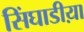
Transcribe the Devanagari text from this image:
सिंघाडीय़ा